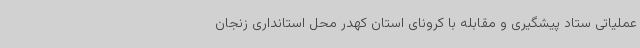
عملیاتی ستاد پیشگیری و مقابله با کرونای استان کهدر محل استانداری زنجان